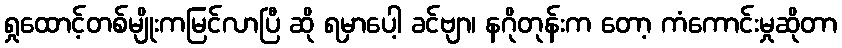
ရှုထောင့်တစ်မျိုးကမြင်လာပြီ ဆို ရမှာပေါ့ ခင်ဗျာ၊ နဂိုတုန်းက တော့ ကံကောင်းမှုဆိုတာ